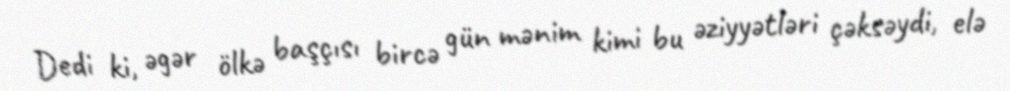
Dedi ki, əgər ölkə başçısı bircə gün mənim kimi bu əziyyətləri çəksəydi, elə